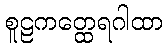
စူဠကတ္ထေရဂါထာ